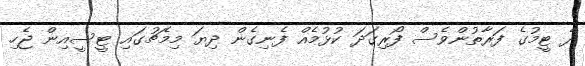
ދެ ޓީމުގެ ފަރާތުންވެސް ފޯރިގަދަ ކުޅުމެއް ފެނިގެން ދިޔަ މިމެޗުގައި ޓީސީއިން ޖެހި